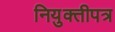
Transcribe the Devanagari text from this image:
नियुक्तीपत्र